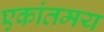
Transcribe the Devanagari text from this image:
एकांतमय